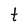
Character: t